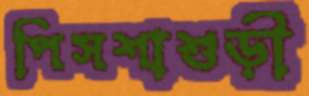
পিসশাশুড়ী